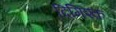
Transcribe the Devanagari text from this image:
दिमिश्क़